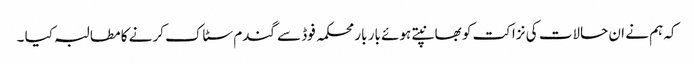
کہ ہم نے ان حالات کی نزاکت کو بھانپتے ہوئے بار بار محکمہ فوڈ سے گندم سٹاک کرنے کا مطالبہ کیا ۔